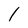
Character: 1